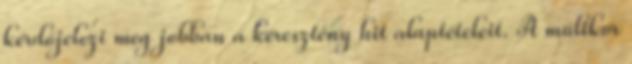
kérdőjelezi meg jobban a keresztény hit alaptételeit. A múltkor